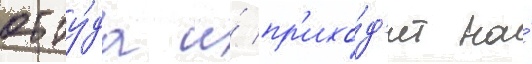
отту́да и́ пр'ихо́д'ит на́